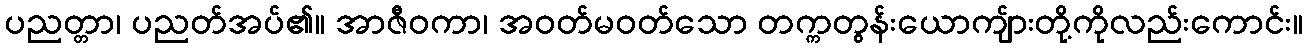
ပညတ္တာ၊ ပညတ်အပ်၏။ အာဇီဝကာ၊ အဝတ်မဝတ်သော တက္ကတွန်းယောကျ်ားတို့ကိုလည်းကောင်း။